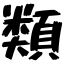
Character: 類